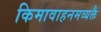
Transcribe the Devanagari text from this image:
किमावाहनमव्यक्तै